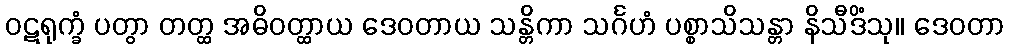
ဝဋရုက္ခံ ပတွာ တတ္ထ အဓိဝတ္ထာယ ဒေဝတာယ သန္တိကာ သင်္ဂဟံ ပစ္စာသိသန္တာ နိသီဒိံသု။ ဒေဝတာ